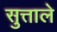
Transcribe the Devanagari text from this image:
सुत्ताले